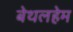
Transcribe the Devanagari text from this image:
बेथलहेम